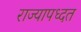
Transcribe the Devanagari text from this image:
राज्यापध्दत